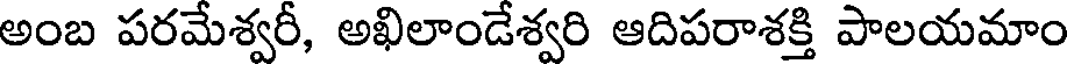
అంబ పరమేశ్వరీ, అఖిలాండేశ్వరి ఆదిపరాశక్తి పాలయమాం